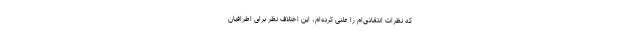
که نظرات انتقادی‌ام را علنی کرده‌ام، این اختلاف نظر برای اطرافیان